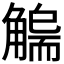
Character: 𧤬